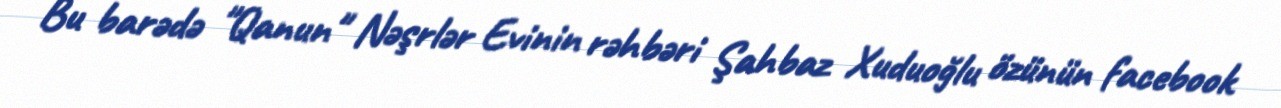
Bu barədə "Qanun" Nəşrlər Evinin rəhbəri Şahbaz Xuduoğlu özünün facebook